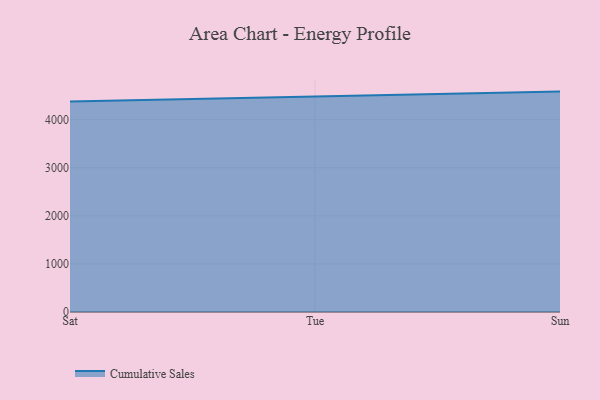
{"axis": {"x": "Day", "y": "Headcount"}, "legend": ["Cumulative Sales"], "data": [{"x": "Sat", "y": 4379.8, "type": "Cumulative Sales"}, {"x": "Tue", "y": 4474.7, "type": "Cumulative Sales"}, {"x": "Sun", "y": 4584.1, "type": "Cumulative Sales"}]}